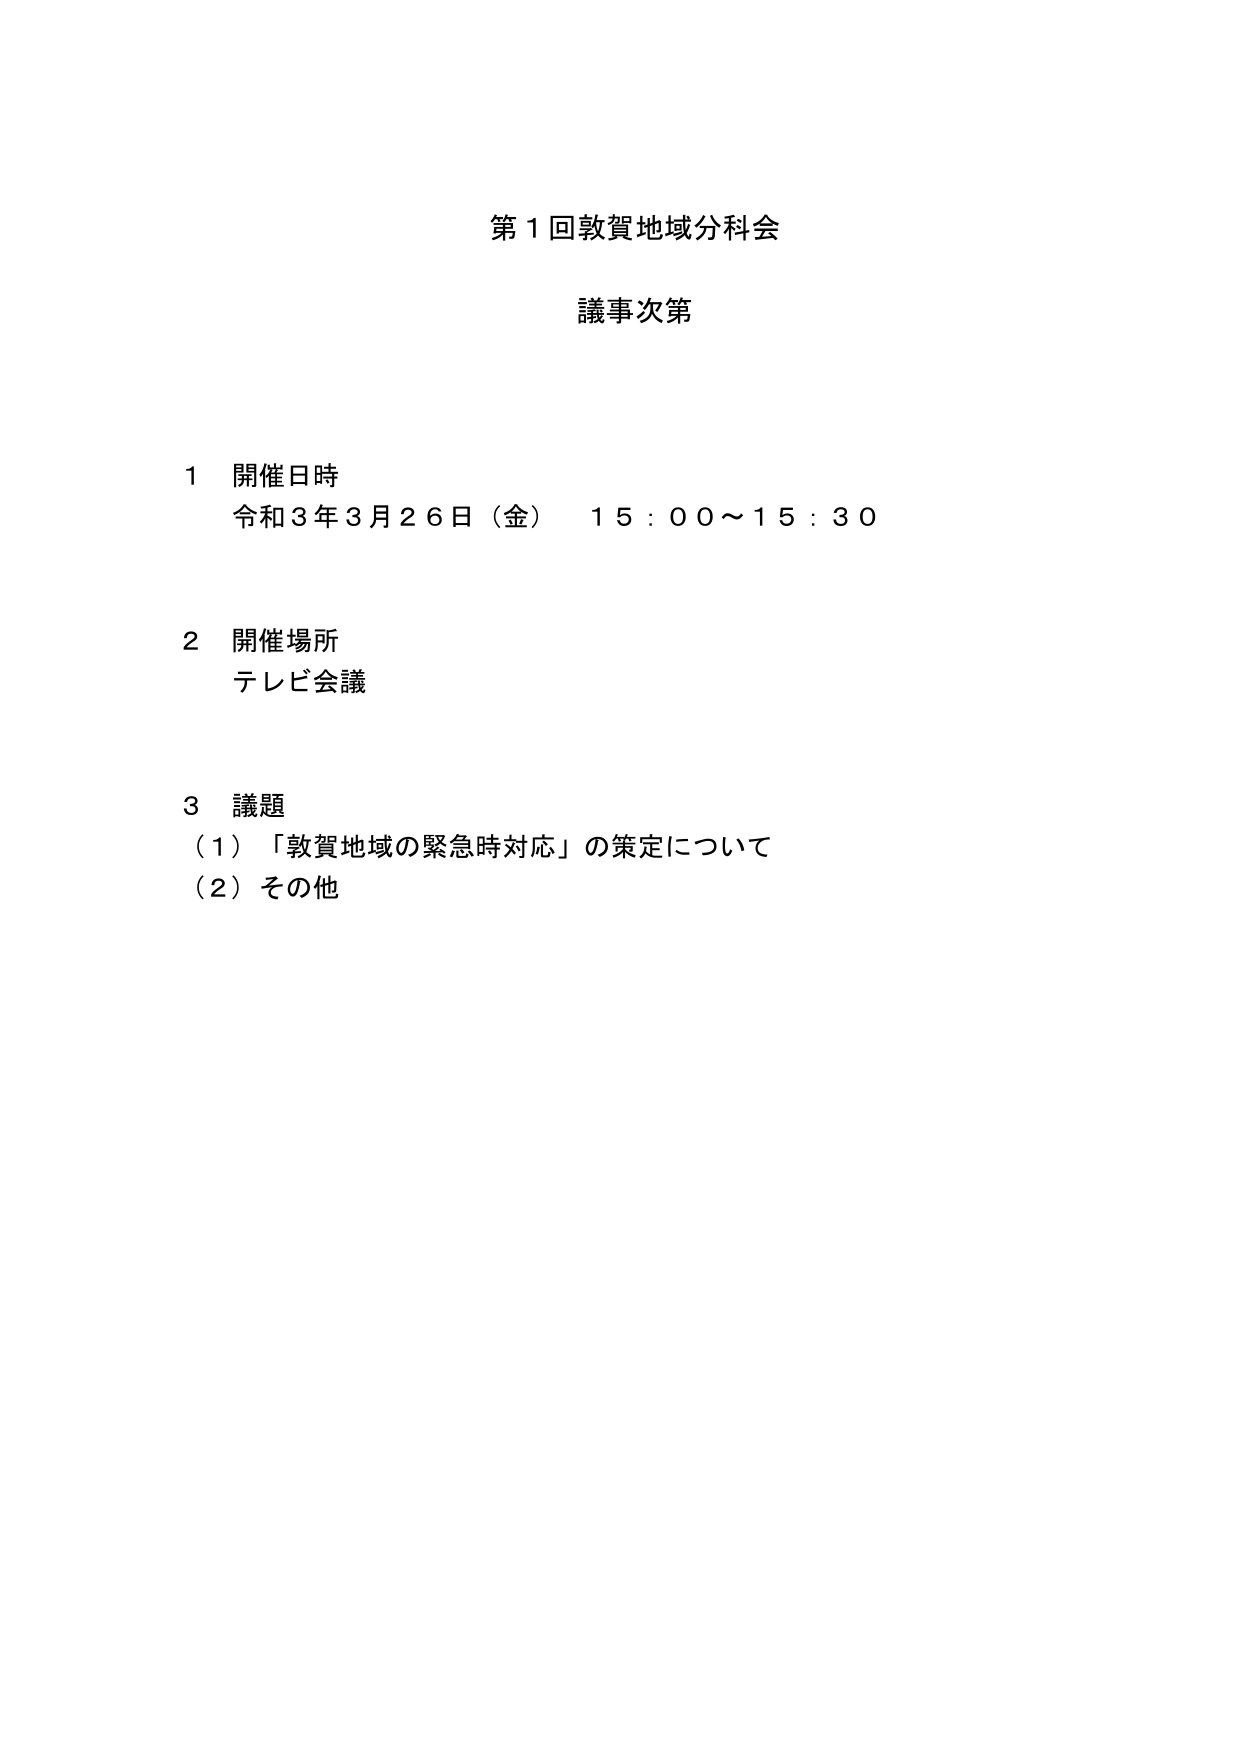
第１回敦賀地域分科会
議事次第

１ 開催日時
令和３年３月２６日（金） １５：００～１５：３０

２ 開催場所
テレビ会議

３ 議題
（１）「敦賀地域の緊急時対応」の策定について
（２）その他